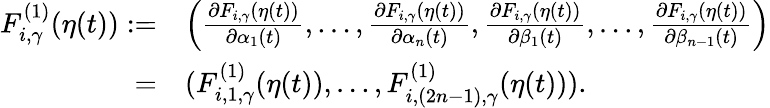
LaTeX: \begin{array}{rl}{F_{i,\gamma}^{(1)}(\eta(t)):=}&{\Big(\frac{\partial F_{i,\gamma}(\eta(t))}{\partial\alpha_{1}(t)},\ldots,\frac{\partial F_{i,\gamma}(\eta(t))}{\partial\alpha_{n}(t)},\frac{\partial F_{i,\gamma}(\eta(t))}{\partial\beta_{1}(t)},\ldots,\frac{\partial F_{i,\gamma}(\eta(t))}{\partial\beta_{n-1}(t)}\Big)}\\ {=}&{(F_{i,1,\gamma}^{(1)}(\eta(t)),\ldots,F_{i,(2n-1),\gamma}^{(1)}(\eta(t))).}\end{array}